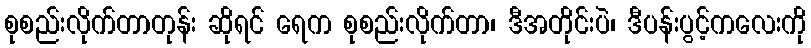
စုစည်းလိုက်တာတုန်း ဆိုရင် ရေက စုစည်းလိုက်တာ၊ ဒီအတိုင်းပဲ၊ ဒီပန်းပွင့်ကလေးကို